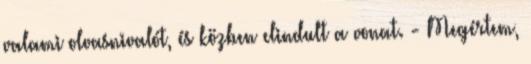
valami olvasnivalót, és közben elindult a vonat. - Megértem,